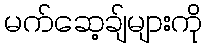
မက်ဆေ့ချ်များကို